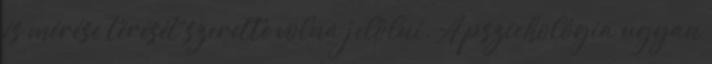
és mérése térését szerette volna jelölni. A pszichológia ugyan